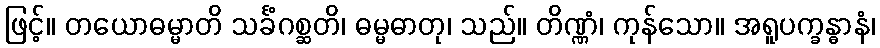
ဖြင့်။ တယောဓမ္မာတိ သင်္ခံဂစ္ဆတိ၊ ဓမ္မဓာတု၊ သည်။ တိဏ္ဏံ၊ ကုန်သော။ အရူပက္ခန္ဓာနံ၊